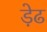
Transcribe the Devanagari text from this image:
ड़ेढ